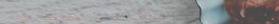
عيادة الأسنان الحديثة: اب